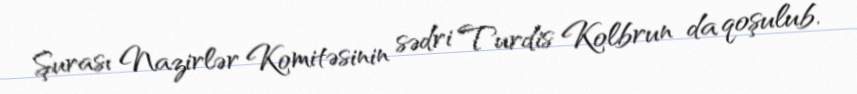
Şurası Nazirlər Komitəsinin sədri Turdis Kolbrun da qoşulub.